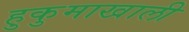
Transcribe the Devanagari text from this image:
हुकुमाखाली